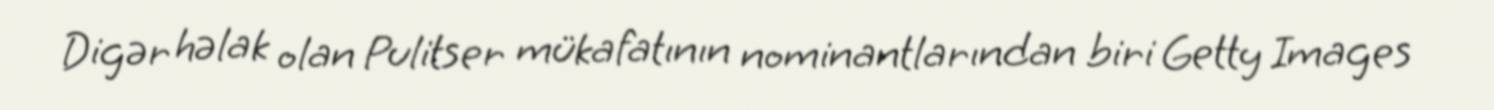
Digər həlak olan Pulitser mükafatının nominantlarından biri Getty Images